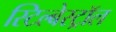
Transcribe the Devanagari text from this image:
स्टिल्बेस्ट्रॉल